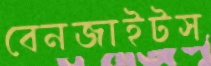
বেনজাইটস